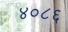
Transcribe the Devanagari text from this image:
४०८६